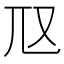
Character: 𡯅